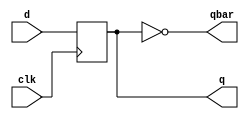
module dff_p(output reg q, output qbar, input d, input clk);
    always @(posedge clk) 
    begin
        q <= d;    
    end
    assign qbar = ~q;
endmodule